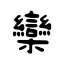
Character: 欒